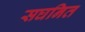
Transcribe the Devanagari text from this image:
सघनित